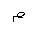
Letter: _mim